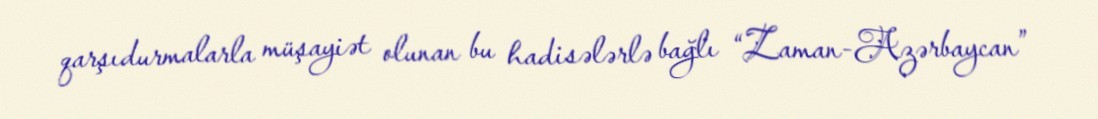
qarşıdurmalarla müşayiət olunan bu hadisələrlə bağlı “Zaman-Azərbaycan”